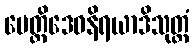
ပေတ္တိဒေဝနိရယာဒိသုတ္တံ